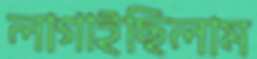
লাগাইছিলাম